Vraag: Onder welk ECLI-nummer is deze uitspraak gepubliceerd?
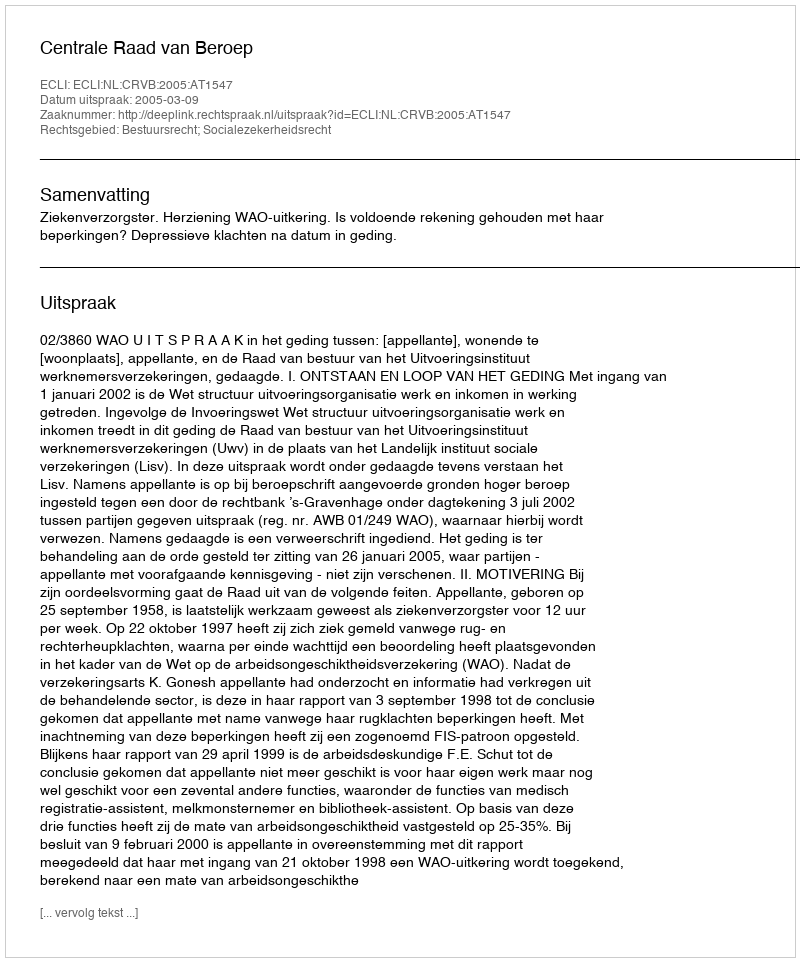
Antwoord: ECLI:NL:CRVB:2005:AT1547